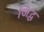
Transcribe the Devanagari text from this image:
जिद्ध